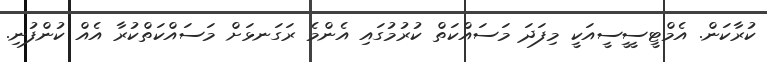
ކުރާކަން. އެމްޓީސީީސީއަކީ މިފަދަ މަސައްކަތް ކުރުމުގައި އެންމެ ރަގަނޅަށް މަސައްކަތްކުރާ އެއް ކުންފުނި.